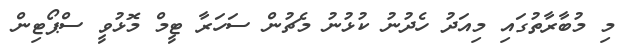
މި މުބާރާތުގައި މިއަދު ހެދުނު ކުޅުނު މެޗުން ސަހަރާ ޓީމް މޮޅުވީ ސްޕޯޓިން